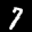
Label: 7